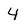
Character: 4